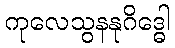
ကုလေသွနနုဂိဒ္ဓေါ